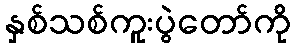
နှစ်သစ်ကူးပွဲတော်ကို